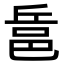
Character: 𨚬